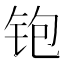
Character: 铇